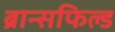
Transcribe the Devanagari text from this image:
ब्रान्सफिल्ड